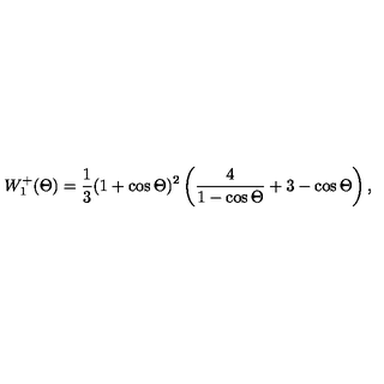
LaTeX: W _ { 1 } ^ { + } ( \Theta ) = \frac { 1 } { 3 } ( 1 + \cos \Theta ) ^ { 2 } \left( \frac { 4 } { 1 - \cos \Theta } + 3 - \cos \Theta \right) ,